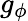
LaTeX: g_{\phi}